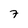
Character: 7